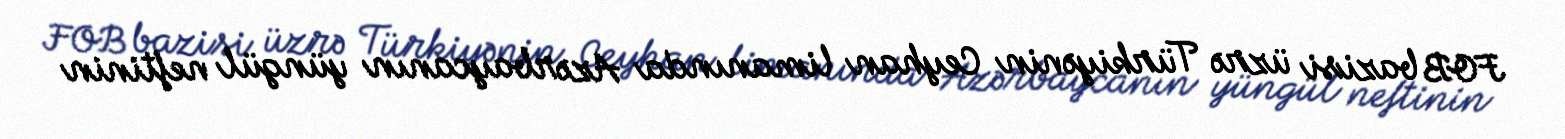
FOB bazisi üzrə Türkiyənin Ceyhan limanında Azərbaycanın yüngül neftinin